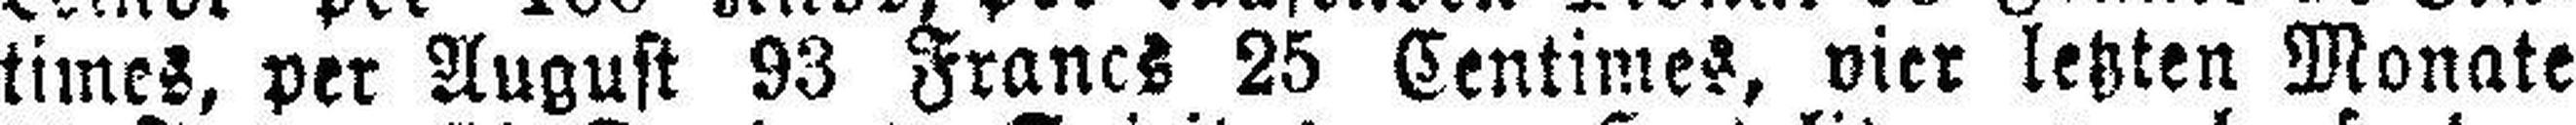
times, per August 93 Francs 25 Centimes, vier letzten Monate